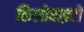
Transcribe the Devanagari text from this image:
किलोबाइटों